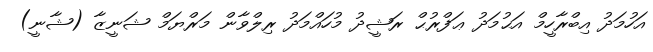
އަހުމަދު އިބްރާހީމް އަޙުމަދު ޢަފްރުޙް ރަޝީދު މުހައްމަދު ރިލްވާން މަރްޔަމް ޝަނީޒާ (ޝާނީ)